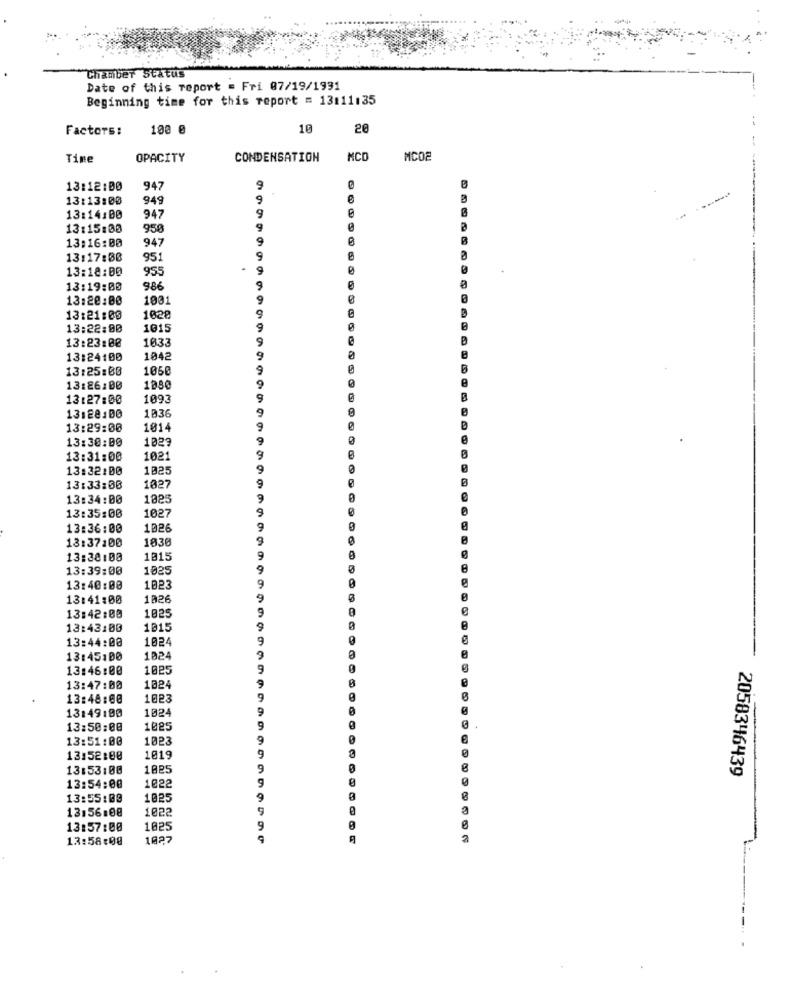
Chamber Status
Date of this report = Fri 07/19/1991
Beginning time for this report = 13:11:35
Factors:
100 0
10
20
Tine
OPACITY
CONDENSATION
MCD
MC02
13:12:00
947
13:13:00
949
9
e
e
13:14:00
947
9
13:15:00
950
13:16:00
947
9
13:17:00
951
9
13:18:00
955
13:19:00
986
9
13:20:00
1031
9
13:21:00
1628
13:22:00
1015
9
P
13:23:00
1033
13:24:00
1042
9
13:25:00
1050
9
9
13:26:00
13:27:00
1093
9
13:28:00
1036
13:29:00
1014
9
13:30:00
1029
9
13:31:00
1021
9
13:32:00
1025
9
13:33:00
1027
9
13:34:00
1825
9
13:35:00
1027
9
13:36:00
1026
9
13:37:00
1030
9
13:38:00
1815
9
13:39:00
1025
9
0
9
13:40:00
L823
13:41:00
1026
9
1025
9
13:42:00
13:43:00
1015
9
13:44:00
1024
9
13:45:00
1024
9
13:46:00
1025
9
13:47:00
1024
9
13:48:00
1023
9
1024
9
13:49:00
13:50:00
1025
9
13:51:00
1023
9
13:52:00
1019
9
13:53:00
1025
9
2058346439
1022
9
13:54:00
13:55:00
1025
9
13,56:08
1022
e
13:57:00
1025
9
13:58:08
1027